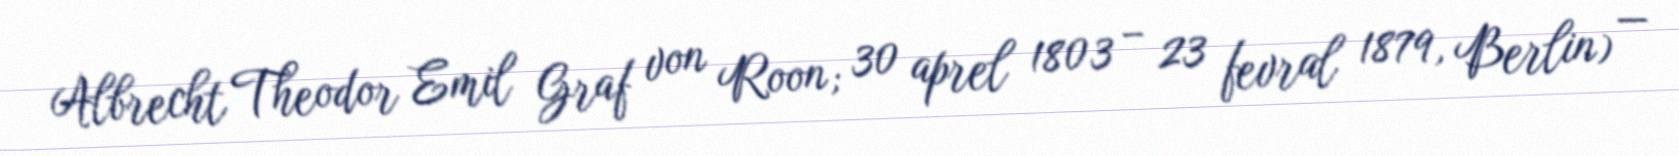
Albrecht Theodor Emil Graf von Roon; 30 aprel 1803 – 23 fevral 1879, Berlin) —